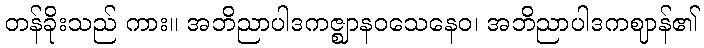
တန်ခိုးသည် ကား။ အဘိညာပါဒကဇ္ဈာနဝသေနေဝ၊ အဘိညာပါဒကဈာန်၏